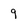
Character: 9